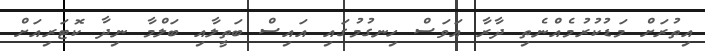
އިތުރަށް މަޑުކުރުމެއްނެތި ދާރާ އަވަސް ހިނގުމުގައި އައިސް ބަތީލާއި ބަލްމާ ނިދާ ކޮޓަރިއަށް